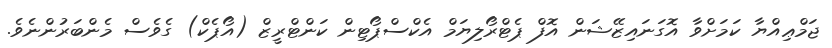
ޖަމްޢިއްޔާ ކަމަށްވާ އޮގަނައިޒޭޝަން އޮފް ޕެޓްރޯލިޔަމް އެކްސްޕޯޓިން ކަންޓްރީޒް (އޯޕެކް) ގެވެސް މެންބަރުންނެވެ.